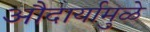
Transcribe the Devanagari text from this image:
औदार्यामुळे